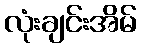
လုံးချင်းအိမ်